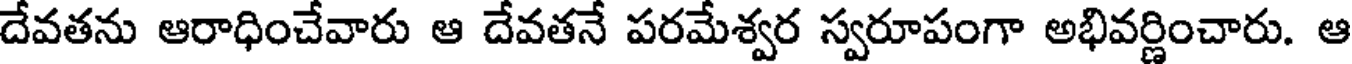
దేవతను ఆరాధించేవారు ఆ దేవతనే పరమేశ్వర స్వరూపంగా అభివర్ణించారు. ఆ